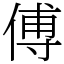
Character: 傅